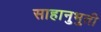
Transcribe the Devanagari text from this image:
साहानुभुती